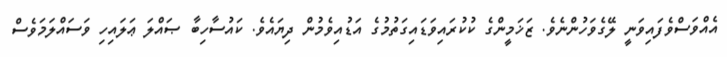
އެއްވަސްވެފައިވަނީ ލޭގެވަހުންނެވެ. ޒަޚަމީންގެ ކުކުރައިވަޑައިގަތުމުގެ އަޑުއިވެމުން ދިޔައެވެ. ކައުސާހިބާ ޞައްލަ ޢަލައިހި ވަސައްލަމަވެސް